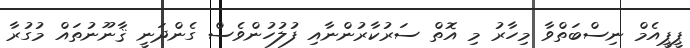
ޕީޕީއެމް ނިސްބަތްވާ މިހާރު މި އޮތް ސަރުކާރުންނާއި ފުލުހުންވެސް ގެންދަނީ ޤާނޫނުތައް މުގުރާ